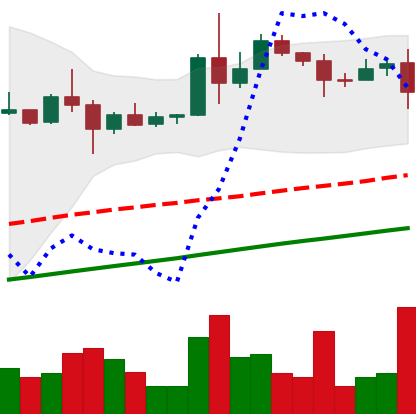
Ticker: XLM-USD
Chart end date: 2020-08-11
Forward return: 13.561%
Label: up_7plus